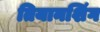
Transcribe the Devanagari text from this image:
तियानशिंग